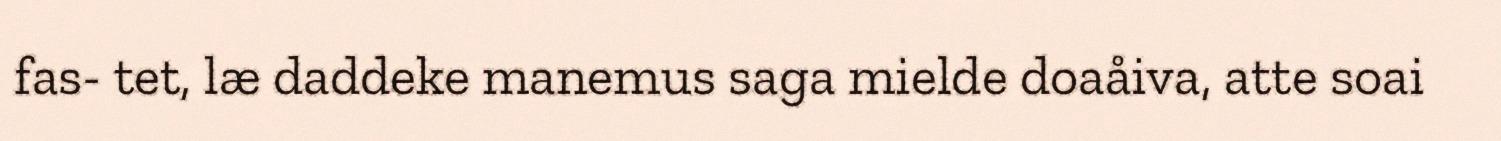
fas- tet, læ daddeke manemus saga mielde doaåiva, atte soai